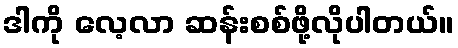
ဒါကို လေ့လာ ဆန်းစစ်ဖို့လိုပါတယ်။